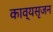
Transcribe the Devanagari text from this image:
काव्यसृजन